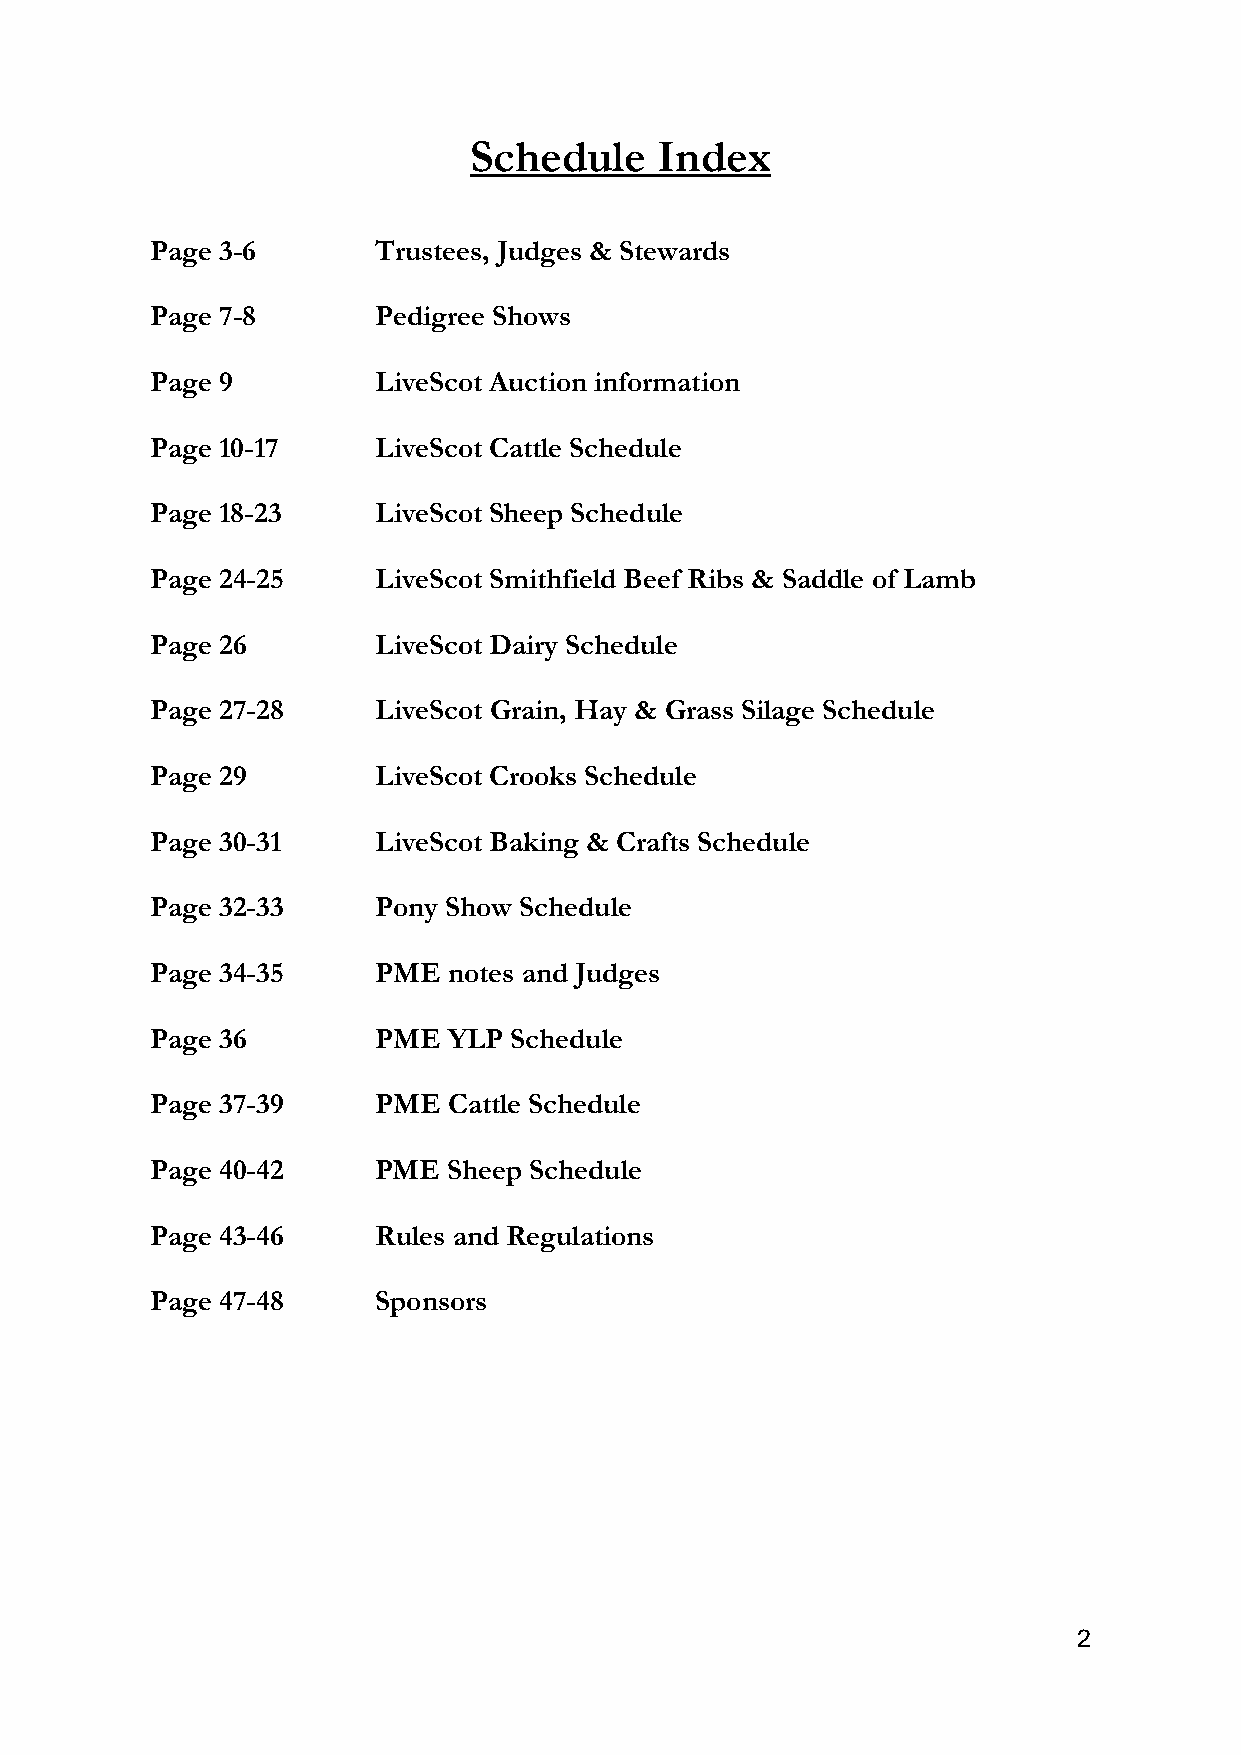
Schedule    Index
 Page 3-6       Trustees, Judges & Stewards
 Page 7-8       Pedigree Shows
 Page 9         LiveScot Auction information
 Page 10-17     LiveScot Cattle Schedule
 Page 18-23     LiveScot Sheep Schedule
 Page 24-25     LiveScot Smithfield Beef Ribs & Saddle of Lamb
 Page 26        LiveScot Dairy Schedule
 Page 27-28     LiveScot Grain, Hay & Grass Silage Schedule
 Page 29        LiveScot Crooks Schedule
 Page 30-31     LiveScot Baking & Crafts Schedule
 Page 32-33     Pony Show Schedule
 Page 34-35     PME  notes and Judges
 Page 36        PME  YLP Schedule
 Page 37-39     PME  Cattle Schedule
 Page 40-42     PME  Sheep Schedule
 Page 43-46     Rules and Regulations
 Page 47-48     Sponsors
 2